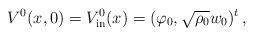
LaTeX: \begin{align*}V^{0}(x,0)=V^0_{\rm in}(x)=(\varphi_{0},\sqrt{\rho_{0}}w_{0})^{t}\,,\end{align*}